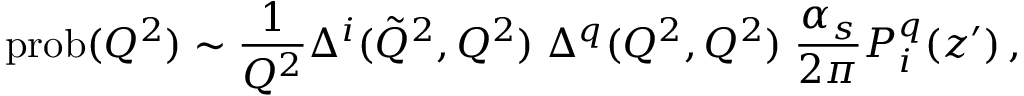
\mathrm { p r o b } ( Q ^ { 2 } ) \sim \frac { 1 } { Q ^ { 2 } } \Delta ^ { i } ( \tilde { Q } ^ { 2 } , Q ^ { 2 } ) \; \Delta ^ { q } ( Q ^ { 2 } , Q ^ { 2 } ) \; \frac { \alpha _ { s } } { 2 \pi } P _ { i } ^ { q } \! \left( z ^ { \prime } \right) ,